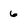
Character: 6